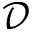
\mathcal { D }